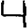
Digit: 4